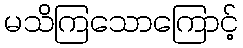
မသိကြသောကြောင့်